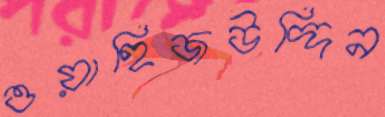
ওয়াহিজউদ্দিন